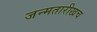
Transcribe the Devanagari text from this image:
जन्मतारीखच